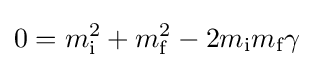
0=m_{\text{i}}^{2}+m_{\text{f}}^{2}-2m_{\text{i}}m_{\text{f}}\gamma